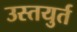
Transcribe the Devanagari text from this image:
उस्तयुर्त